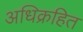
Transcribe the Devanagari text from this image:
अधिक्रहित